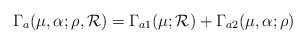
\begin{align*}\Gamma_{a}(\mu,\alpha;\rho,{\cal R})=\Gamma_{a1}(\mu;{\cal R})+\Gamma_{a2}(\mu,\alpha;\rho)\end{align*}